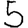
Digit: 5